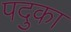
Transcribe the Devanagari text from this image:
पदुका